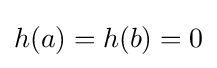
h(a)=h(b)=0